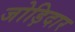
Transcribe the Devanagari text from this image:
जोड़िदार